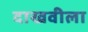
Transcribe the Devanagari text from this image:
दाखवीला